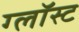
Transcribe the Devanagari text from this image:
ग्लॉस्ट